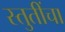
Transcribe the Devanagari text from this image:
स्तुतींचा